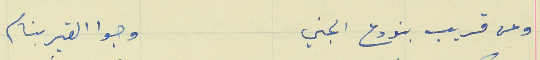
وعن قريب بنودع الجني                                 وجوا القبر بنام